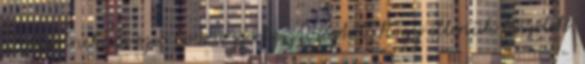
Intézetnek. És ezer bocs a szerkesztőségtől, hogy ellenük beszélek.